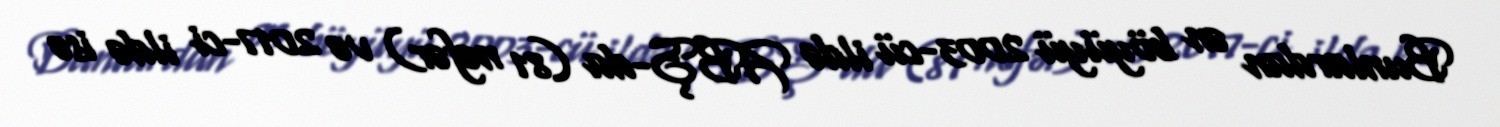
Bunlardan ən böyüyü 2003-cü ildə ABŞ-da (81 nəfər) və 2017-ci ildə isə